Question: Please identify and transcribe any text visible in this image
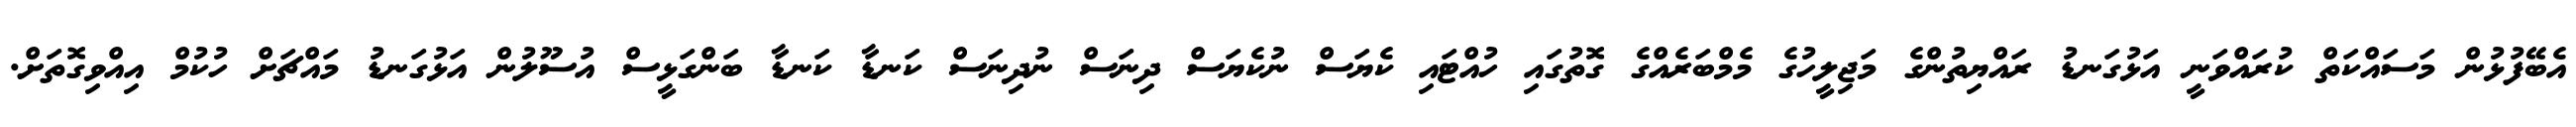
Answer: އެބޭފުޅުން މަސައްކަތް ކުރައްވަނީ އަޅުގަނޑު ރައްޔިތުންގެ މަޖިލީހުގެ މެމްބަރެއްގެ ގޮތުގައި ހުއްޓައި ކެޔަސް ނުކެޔަސް ދިނަސް ނުދިނަސް ކަނޑާ ކަނޑާ ބަންގަޅީސް އުސޫލުން އަޅުގަނޑު މައްޗަށް ހުކުމް އިއްވިގޮތަށް.